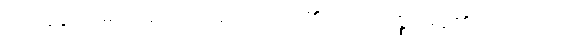
အတ္တနာ၊ မိမိသည်။ ကုရုတေ၊ ပြု၏။ ဟိ သစ္စံ၊ မှန်၏။ အညော၊